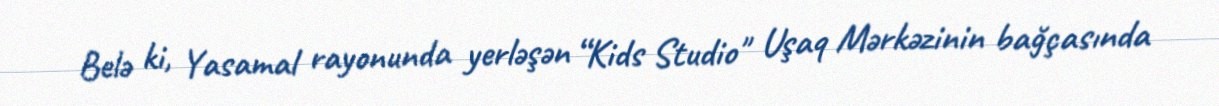
Belə ki, Yasamal rayonunda yerləşən “Kids Studio" Uşaq Mərkəzinin bağçasında